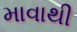
માવાથી